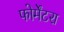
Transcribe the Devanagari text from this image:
फोर्मेंटरा